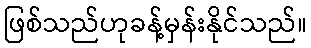
ဖြစ်သည်ဟုခန့်မှန်းနိုင်သည်။